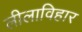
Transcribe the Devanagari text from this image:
लीलाविहार